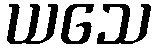
ယသေ